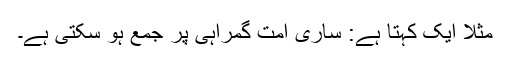
مثلاً ایک کہتا ہے: ساری امت گمراہی پر جمع ہو سکتی ہے۔